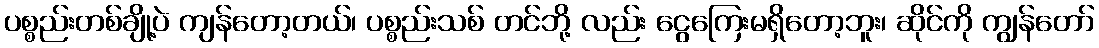
ပစ္စည်းတစ်ချို့ပဲ ကျန်တော့တယ်၊ ပစ္စည်းသစ် တင်ဘို့ လည်း ငွေကြေးမရှိတော့ဘူး၊ ဆိုင်ကို ကျွန်တော်